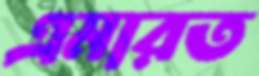
এমারত